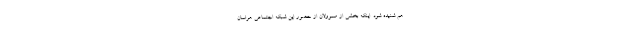
هم شنيده شود. اينكه بخشي از مسوولان از حضور اين شبكه اجتماعي هراسان